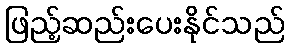
ဖြည့်ဆည်းပေးနိုင်သည်